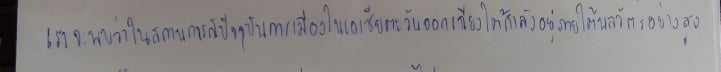
เราจะพบว่าในสถานการณ์ปัจจุบันการเมืองในเอเชียตะวันออกเฉียงใต้กำลังอยู่ภายใต้พลวัตรอย่างสูง